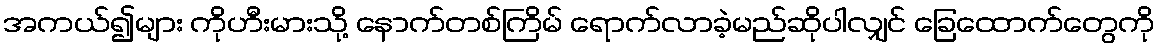
အကယ်၍များ ကိုဟီးမားသို့ နောက်တစ်ကြိမ် ရောက်လာခဲ့မည်ဆိုပါလျှင် ခြေထောက်တွေကို